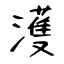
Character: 濩